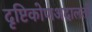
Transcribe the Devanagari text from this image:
दृष्टिकोणअदालतों